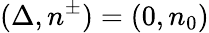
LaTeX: (\Delta,n^{\pm})=(0,n_{0})